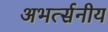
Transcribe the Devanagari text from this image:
अभर्त्सनीय